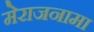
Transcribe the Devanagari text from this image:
मेराजनामा